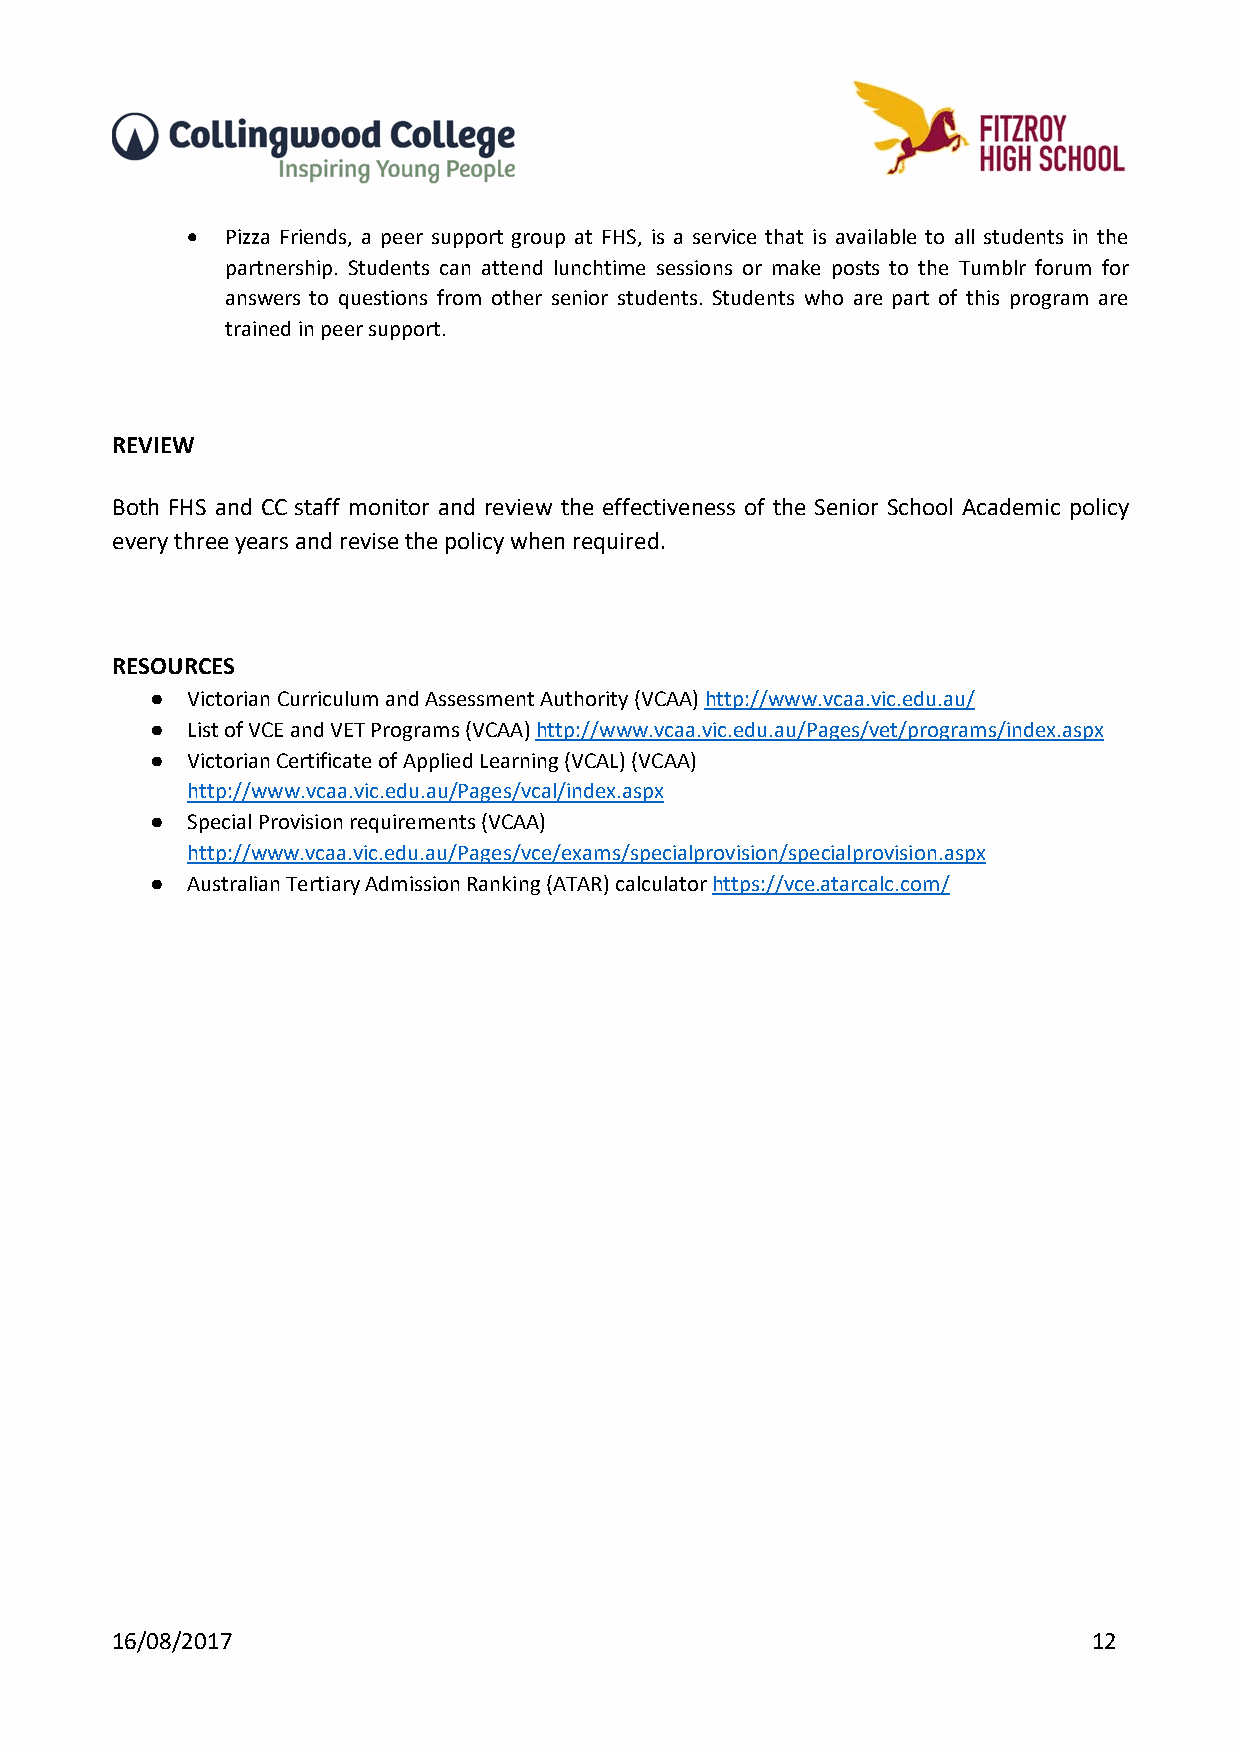
  Pizza Friends, a peer support group at FHS, is a service that is available to all students in the
 partnership. Students can attend lunchtime sessions or make posts to the Tumblr forum for
 answers to questions from other senior students. Students who are part of this program are
 trained in peer support.
 REVIEW
 Both FHS and CC staff monitor and review the effectiveness of the Senior School Academic policy
 every three years and revise the policy when required.
 RESOURCES
 ● Victorian Curriculum and Assessment Authority (VCAA) http://www.vcaa.vic.edu.au/
 ● List of VCE and VET Programs (VCAA) http://www.vcaa.vic.edu.au/Pages/vet/programs/index.aspx
 ● Victorian Certificate of Applied Learning (VCAL) (VCAA)
 http://www.vcaa.vic.edu.au/Pages/vcal/index.aspx
 ● Special Provision requirements (VCAA)
 http://www.vcaa.vic.edu.au/Pages/vce/exams/specialprovision/specialprovision.aspx
 ● Australian Tertiary Admission Ranking (ATAR) calculator https://vce.atarcalc.com/
 16/08/2017                                                       12